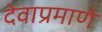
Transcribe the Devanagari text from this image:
देवाप्रमाणे